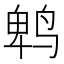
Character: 鹎